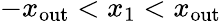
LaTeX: -x_{\mathrm{out}}<x_{1}<x_{\mathrm{out}}